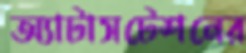
অ্যাটাসটেশনের